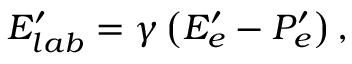
E _ { l a b } ^ { \prime } = \gamma \left( E _ { e } ^ { \prime } - P _ { e } ^ { \prime } \right) ,